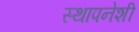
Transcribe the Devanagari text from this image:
स्थापनेशी